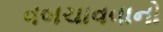
વબચાવવાનો